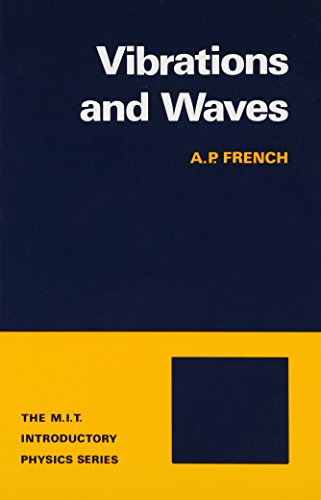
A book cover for Vibrations and Waves (The M.I.T. Introductory Physics Series); A.P. French; Science & Math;